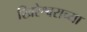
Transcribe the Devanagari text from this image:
खिरेश्वराच्या